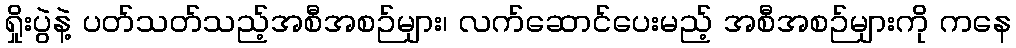
ရှိုးပွဲနဲ့ ပတ်သတ်သည့်အစီအစဉ်များ၊ လက်ဆောင်ပေးမည့် အစီအစဉ်များကို ကနေ